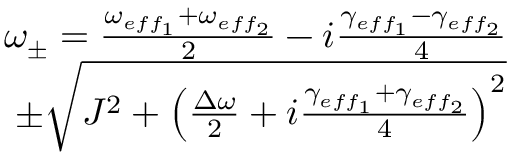
\begin{array} { r } { \omega _ { \pm } = \frac { \omega _ { e f f _ { 1 } } + \omega _ { e f f _ { 2 } } } { 2 } - i \frac { \gamma _ { e f f _ { 1 } } - \gamma _ { e f f _ { 2 } } } { 4 } } \\ { \pm \sqrt { J ^ { 2 } + \left( \frac { \Delta \omega } { 2 } + i \frac { \gamma _ { e f f _ { 1 } } + \gamma _ { e f f _ { 2 } } } { 4 } \right) ^ { 2 } } } \end{array}